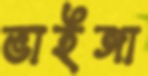
ভাইঙ্গা